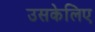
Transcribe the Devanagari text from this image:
उसकेलिए